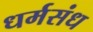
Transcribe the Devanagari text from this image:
धर्मसंध